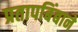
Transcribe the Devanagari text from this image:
प्रतापबिंबाने